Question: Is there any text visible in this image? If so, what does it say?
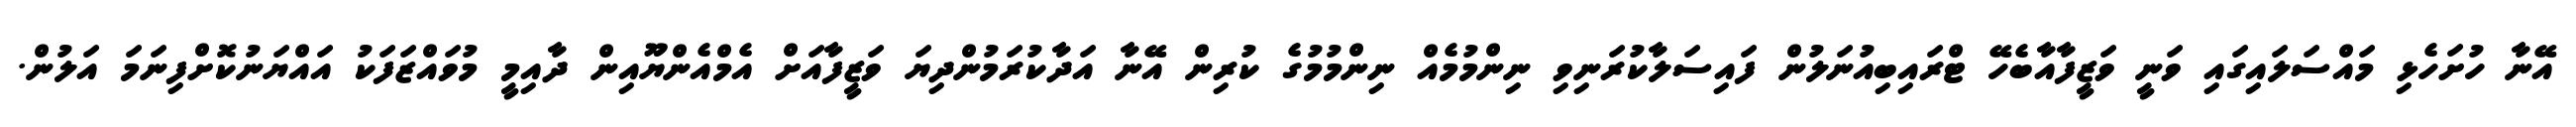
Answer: އޭނާ ހުށަހެޅި މައްސަލައިގައި ވަނީ ވަޒީފާއާބެހޭ ޓްރައިބިއުނަލުން ފައިސަލާކުރަނިވި ނިންމުމެއް ނިންމުމުގެ ކުރިން އޭނާ އަދާކުރަމުންދިޔަ ވަޒީފާއަށް އެމްއެންޔޫއިން ދާއިމީ މުވައްޒަފަކު އައްޔަނުކޮށްފިނަމަ އަލުން.